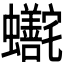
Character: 𬠺